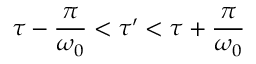
\tau - \frac { \pi } { \omega _ { 0 } } < \tau ^ { \prime } < \tau + \frac { \pi } { \omega _ { 0 } }